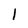
Character: l